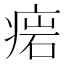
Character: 𤷳